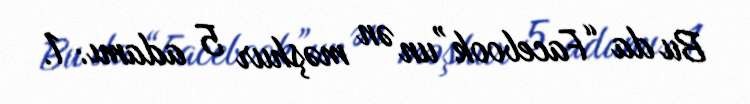
Bu da “Facebook”un ən məşhur 5 adamı: 1.